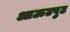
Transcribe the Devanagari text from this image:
आऊटपुट